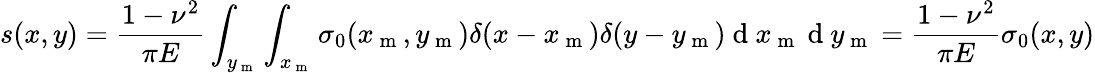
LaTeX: s(x,y)=\frac{1-\nu^{2}}{\pi E}\int_{y_{\mathrm{~m~}}}\int_{x_{\mathrm{~m~}}}\sigma_{0}(x_{\mathrm{~m~}},y_{\mathrm{~m~}})\delta(x-x_{\mathrm{~m~}})\delta(y-y_{\mathrm{~m~}})\mathrm{~d~}x_{\mathrm{~m~}}\mathrm{~d~}y_{\mathrm{~m~}}=\frac{1-\nu^{2}}{\pi E}\sigma_{0}(x,y)